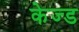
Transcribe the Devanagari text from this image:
केज्ड